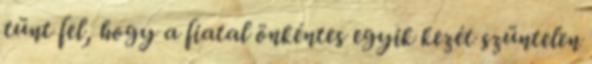
tünt fel, hogy a fiatal önkéntes egyik kezét szüntelen